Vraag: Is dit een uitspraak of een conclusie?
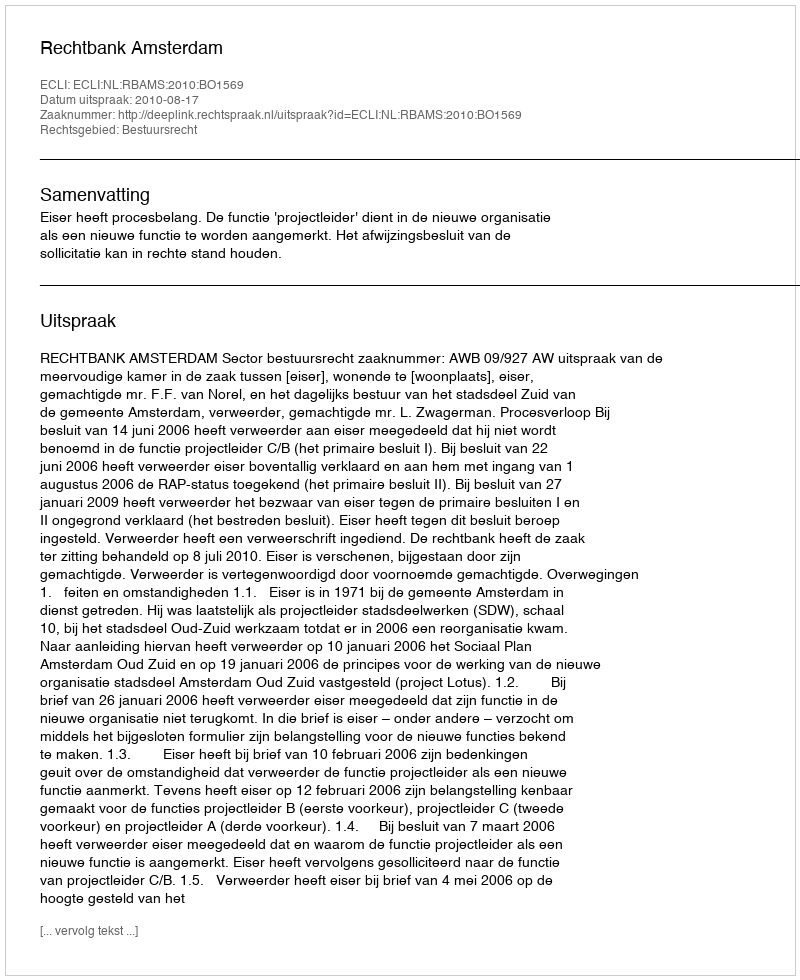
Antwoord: Uitspraak